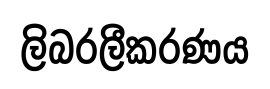
ලිබරලීකරණය